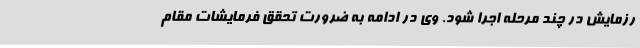
رزمایش در چند مرحله اجرا شود. وی در ادامه به ضرورت تحقق فرمایشات مقام